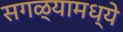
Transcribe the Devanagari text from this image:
सगळ्यामध्ये